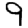
Digit: 9